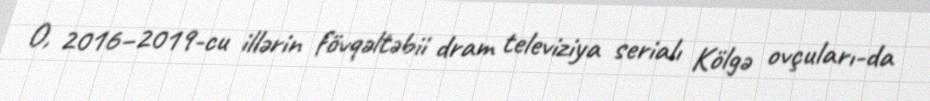
O, 2016–2019-cu illərin fövqəltəbii dram televiziya serialı Kölgə ovçuları-da